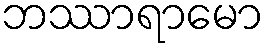
ဘဿာရာမော